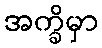
အက္ခိမှာ